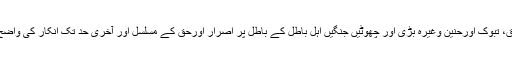
بدر، احد، خندق، تبوک اورحنین وغیرہ بڑی اور چھوٹیں جنگیں اہلِ باطل کے باطل پر اِصرار اورحق کے مسلسل اور آخری حد تک انکار کی واضح علامتیں ہیں۔